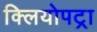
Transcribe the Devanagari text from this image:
क्लियोपट्रा